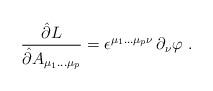
LaTeX: \begin{align*}\frac{\hat\partial L}{\hat\partial A_{\mu_1 \ldots \mu_p}} =\epsilon^{\mu_1 \ldots \mu_p\nu} \, \partial_\nu\varphi\ .\end{align*}